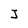
Character: J